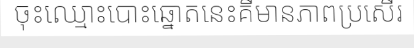
ចុះឈ្មោះបោះឆ្នោតនេះគឺមានភាពប្រសើរ